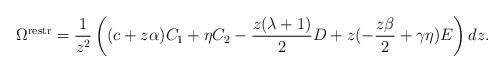
LaTeX: \begin{align*}\Omega^{\mathrm{restr}} = \frac{1}{z^{2}} \left( (c + z\alpha )C_{1} + \eta C_{2} -\frac{z(\lambda + 1)}{2} D + z ( -\frac{z\beta }{2} + \gamma\eta ) E \right) dz.\end{align*}